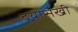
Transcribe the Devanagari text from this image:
दयासखी